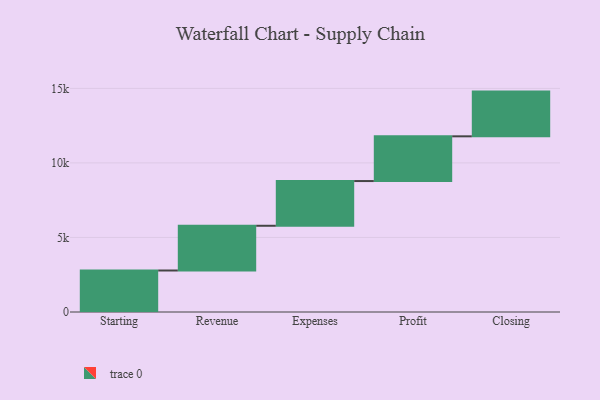
{"axis": {"x": "Step", "y": "Value"}, "legend": [""], "data": [{"x": "Starting", "y": 2784.0, "type": ""}, {"x": "Revenue", "y": 3000, "type": ""}, {"x": "Expenses", "y": 3000, "type": ""}, {"x": "Profit", "y": 3000, "type": ""}, {"x": "Closing", "y": 3000, "type": ""}]}